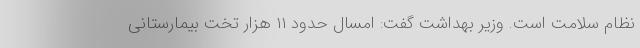
نظام سلامت است. وزیر بهداشت گفت: امسال حدود ۱۱ هزار تخت بیمارستانی